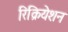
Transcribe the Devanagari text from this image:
रिक्रियेशन